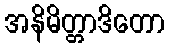
အနိမိတ္တာဒိတော